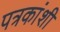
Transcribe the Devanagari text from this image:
पत्रकांशी